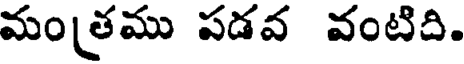
మంత్రము పడవ వంటిది.